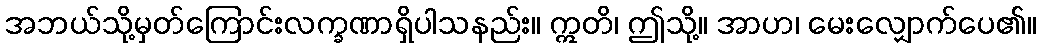
အဘယ်သို့မှတ်ကြောင်းလက္ခဏာရှိပါသနည်း။ ဣတိ၊ ဤသို့။ အာဟ၊ မေးလျှောက်ပေ၏။